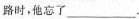
路时，他忘了___.